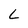
Character: L